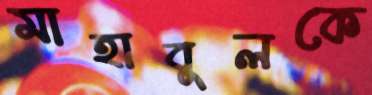
মাহাবুলকে